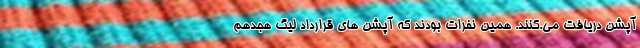
آپشن دریافت می.کنند. همین نفرات بودند که آپشن های قرارداد لیگ هجدهم